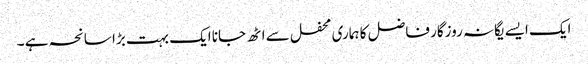
ایک ایسے یگانہ روزگار فاضل کا ہماری محفل سے اٹھ جانا ایک بہت بڑا سانحہ ہے ۔